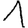
Digit: 1